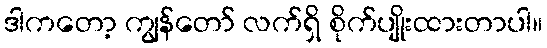
ဒါကတော့ ကျွန်တော် လက်ရှိ စိုက်ပျိုးထားတာပါ။